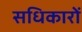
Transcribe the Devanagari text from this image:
सधिकारों